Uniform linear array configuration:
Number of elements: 64
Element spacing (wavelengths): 0.25
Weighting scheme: kaiser
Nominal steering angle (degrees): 15
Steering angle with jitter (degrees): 13.247
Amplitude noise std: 0.05
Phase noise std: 0.05

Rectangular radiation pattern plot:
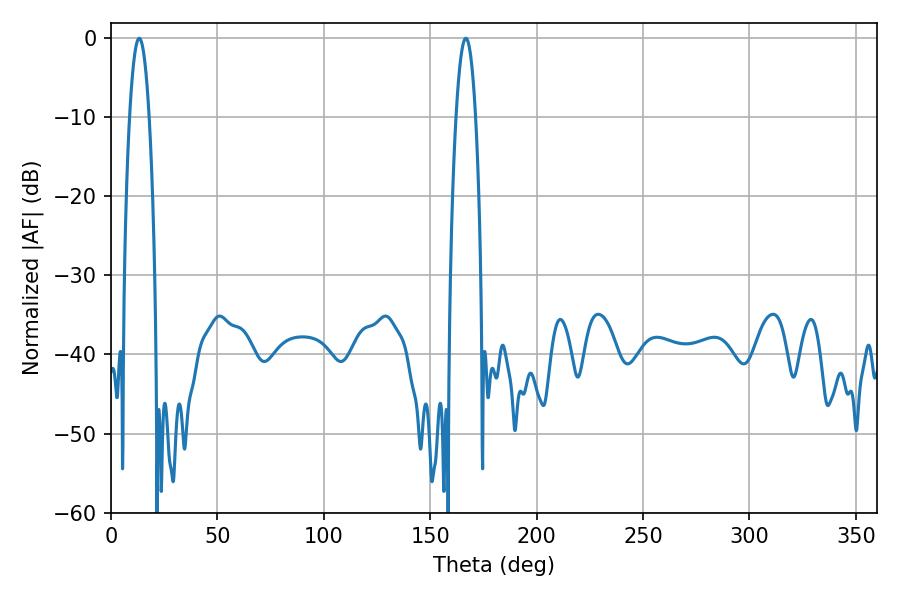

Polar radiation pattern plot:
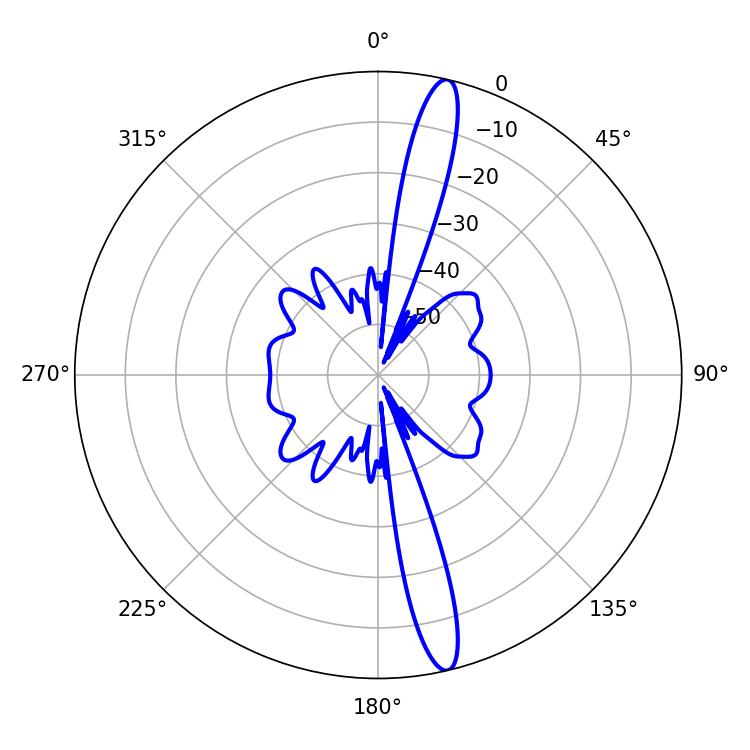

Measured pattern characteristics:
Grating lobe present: FALSE
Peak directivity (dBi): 16.589
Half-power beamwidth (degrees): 5.04
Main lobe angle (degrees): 166.68